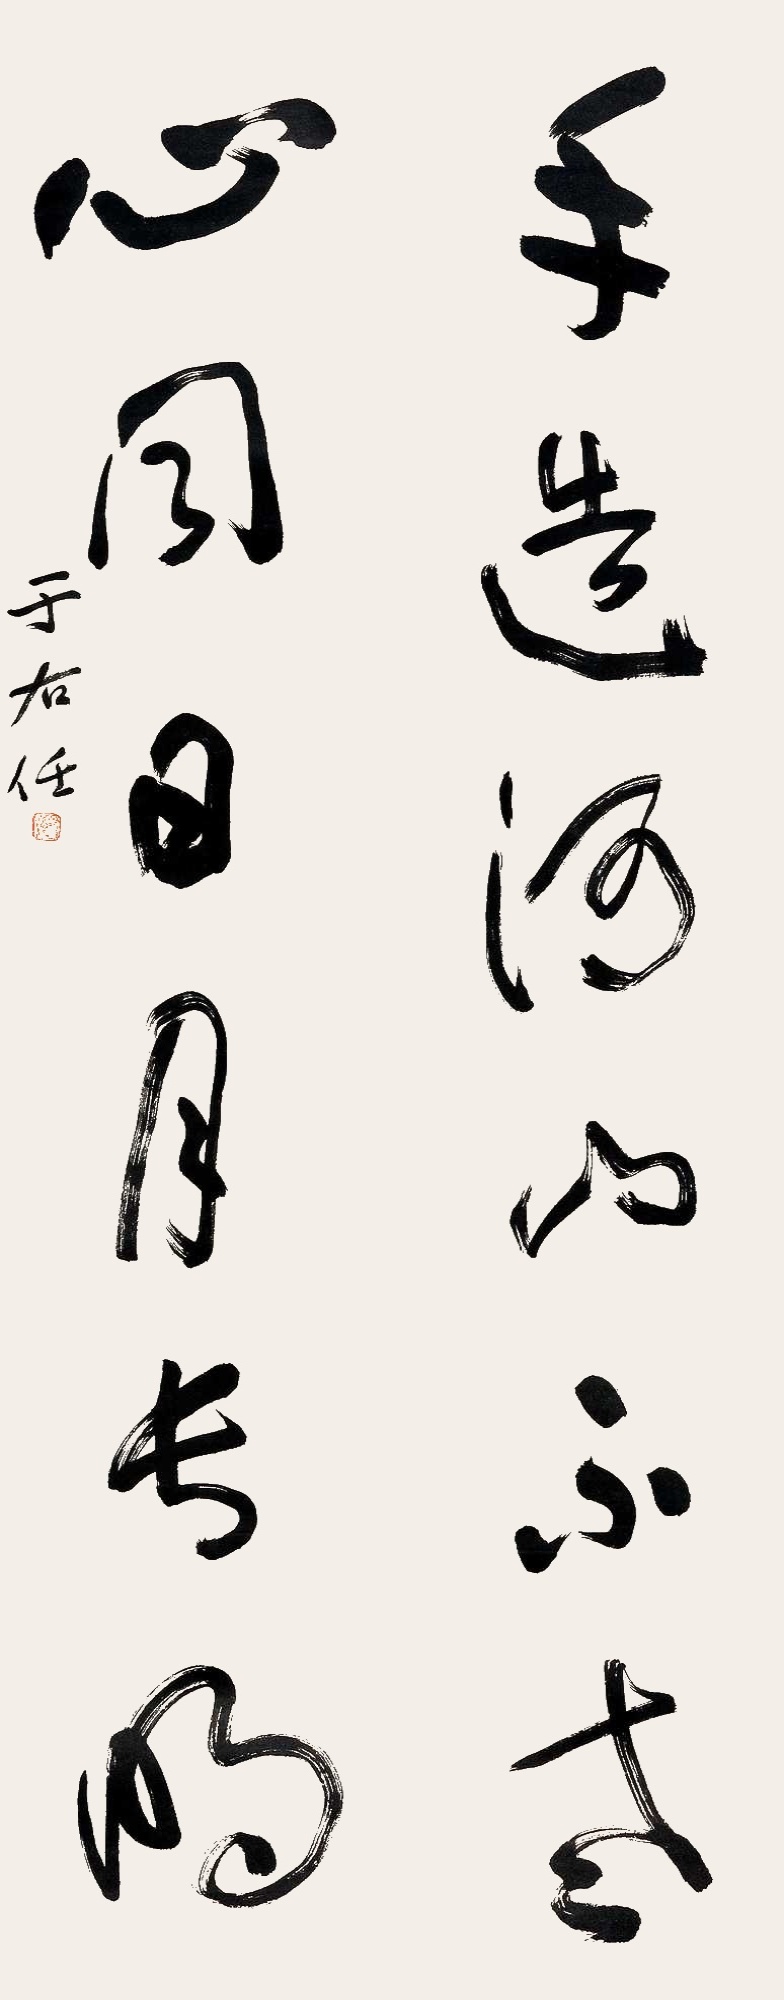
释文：手造河山不老，心同日月长明。于右任。